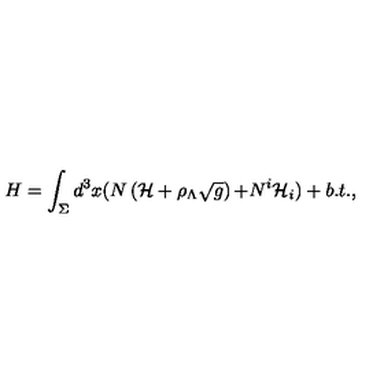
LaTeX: H = \int _ { \Sigma } d ^ { 3 } x ( N \left( { \cal H } + \rho _ { \Lambda } \sqrt { g } \right) { \cal + } N ^ { i } { \cal H } _ { i } ) + b . t . ,